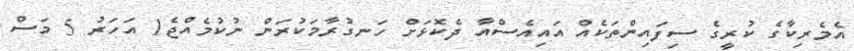
އެމެރިކާގެ ކުރީގެ ސިފައިންތަކެއް އައިއެސްއާ ދެކޮޅަށް ހަނގުރާމަކުރަން ނުކުމެއްޖެ1 އަހަރު 5 މަސް